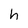
Character: h